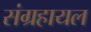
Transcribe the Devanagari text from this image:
संग्रहायल